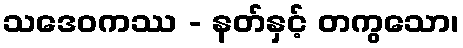
သဒေဝကဿ - နတ်နှင့် တကွသော၊